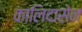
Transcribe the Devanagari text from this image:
कालिदासेन